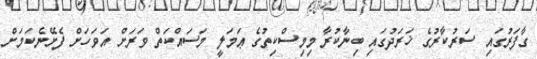
ގާފަރުގައި ސަރުކާރުގެ ޚަރަދުގައި ބިނާކުރާ މިމިސްކިތުގެ ޢަމަލީ މަސައްކަތް ވަރަށް އަވަހަށް ފެށޭނެކަމަށް